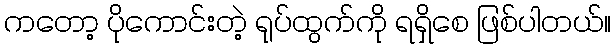
ကတော့ ပိုကောင်းတဲ့ ရုပ်ထွက်ကို ရရှိစေ ဖြစ်ပါတယ်။